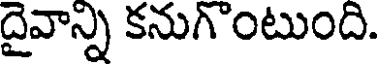
దైవాన్ని కనుగొంటుంది.